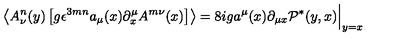
\left\langle A _ { \nu } ^ { n } ( y ) \left[ g \epsilon ^ { 3 m n } a _ { \mu } ( x ) \partial _ { x } ^ { \mu } A ^ { m \nu } ( x ) \right] \right\rangle = 8 i g a ^ { \mu } ( x ) \partial _ { \mu x } \mathcal P ^ { * } ( y , x ) \Bigr | _ { y = x }